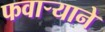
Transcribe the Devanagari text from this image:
फवार्‍याने